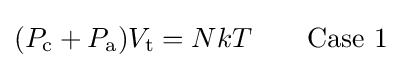
(P_{\text{c}}+P_{\text{a}})V_{\text{t}}=NkT\qquad {\text{Case 1}}